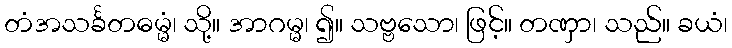
တံအသင်္ခတဓမ္မံ၊ သို့။ အာဂမ္မ၊ ၍။ သဗ္ဗသော၊ ဖြင့်။ တဏှာ၊ သည်။ ခယံ၊